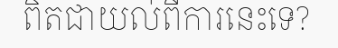
ពិតជាយល់ពីការនេះទេ?